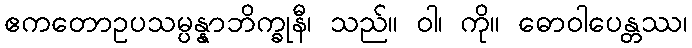
ဧကတောဥပသမ္ပန္နာဘိက္ခုနီ၊ သည်။ ဝါ၊ ကို။ ဓောဝါပေန္တဿ၊